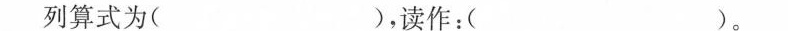
列算式为( )，读作：( )。